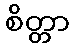
စိတ္တာ